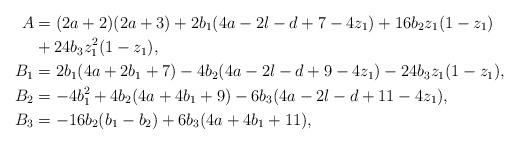
LaTeX: \begin{align*} A&= (2a+2)(2a+3) + 2b_1(4a-2l-d+7-4z_1) + 16b_2z_1(1-z_1) \\ &{} + 24b_3z_1^2(1-z_1), \\ B_1 &= 2b_1(4a+2b_1+7) - 4b_2(4a-2l-d+9-4z_1) - 24b_3z_1(1-z_1), \\ B_2 &= - 4b_1^2 + 4b_2(4a+4b_1+9) - 6b_3(4a-2l-d+11-4z_1), \\ B_3 &= -16b_2(b_1-b_2) + 6b_3(4a+4b_1+11),\end{align*}